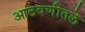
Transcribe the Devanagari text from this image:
आठवणीतले